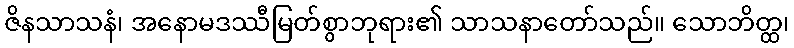
ဇိနသာသနံ၊ အနောမဒဿီမြတ်စွာဘုရား၏ သာသနာတော်သည်။ သောဘိတ္ထ၊